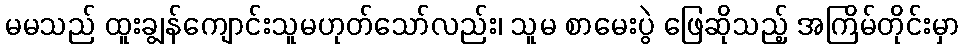
မမသည် ထူးချွန်ကျောင်းသူမဟုတ်သော်လည်း၊ သူမ စာမေးပွဲ ဖြေဆိုသည့် အကြိမ်တိုင်းမှာ